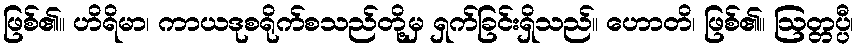
ဖြစ်၏။ ဟိရိမာ၊ ကာယဒုစရိုက်စသည်တို့မှ ရှက်ခြင်းရှိသည်။ ဟောတိ၊ ဖြစ်၏။ ဩတ္တပ္ပီ၊